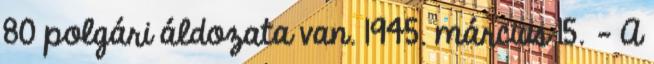
80 polgári áldozata van. 1945. március 15. - A